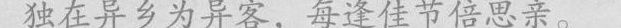
独在异乡为异客，每逢佳节倍思亲。